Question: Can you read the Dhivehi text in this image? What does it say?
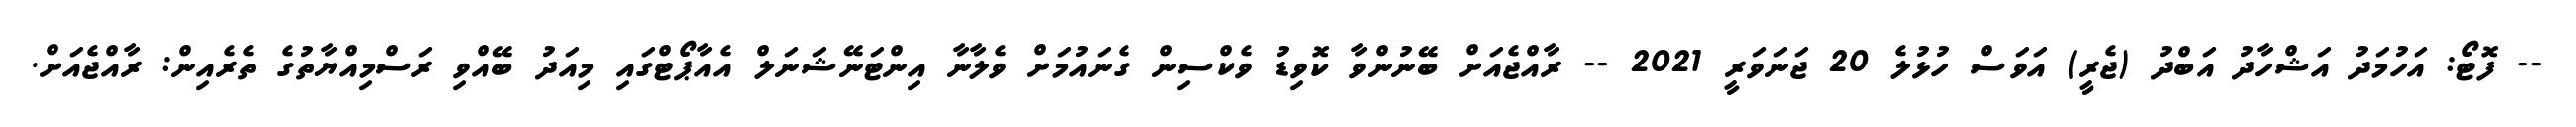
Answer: -- ފޮޓޯ: އަހުމަދު އަޝްހާދު އަބްދު (ޖެރީ) އަވަސް ހުޅުލެ 20 ޖަނަވަރީ 2021 -- ރާއްޖެއަށް ބޭނުންވާ ކޮވިޑު ވެކްސިން ގެނައުމަށް ވެލާނާ އިންޓަނޭޝަނަލް އެއާޕޯޓްގައި މިއަދު ބޭއްވި ރަސްމިއްޔާތުގެ ތެރެއިން: ރާއްޖެއަށް.